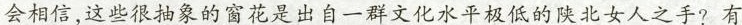
会相信，这些很抽象的窗花是出自一群文化水平极低的陕北女人之手?有